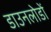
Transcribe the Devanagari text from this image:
डाउनलोडों